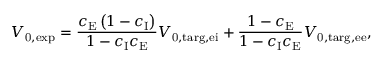
V _ { \mathrm { 0 , e x p } } = \frac { c _ { \mathrm { E } } \left( 1 - c _ { \mathrm { I } } \right) } { 1 - c _ { \mathrm { I } } c _ { \mathrm { E } } } V _ { \mathrm { 0 , t a r g , e i } } + \frac { 1 - c _ { \mathrm { E } } } { 1 - c _ { \mathrm { I } } c _ { \mathrm { E } } } V _ { \mathrm { 0 , t a r g , e e } } ,